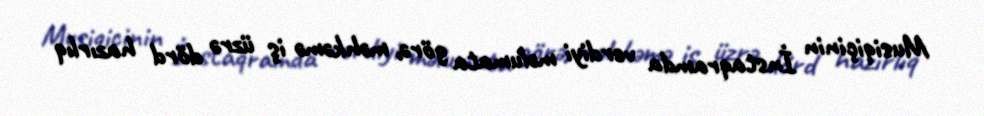
Musiqiçinin İnstaqramda verdiyi məlumata görə, məhkəmə iş üzrə dörd hazırlıq